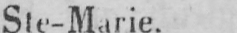
Ste-Marie.